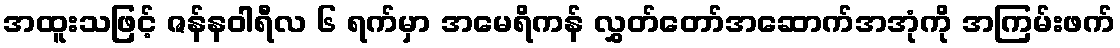
အထူးသဖြင့် ဇန်နဝါရီလ ၆ ရက်မှာ အမေရိကန် လွှတ်တော်အဆောက်အအုံကို အကြမ်းဖက်